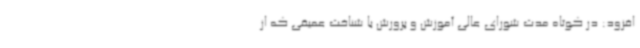
افزود: در کوتاه مدت شورای عالی آموزش و پرورش با شناخت عمیقی که از